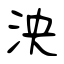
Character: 泱